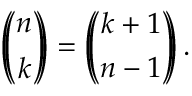
\left( \! \! { \binom { n } { k } } \! \! \right) = \left( \! \! { \binom { k + 1 } { n - 1 } } \! \! \right) .